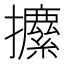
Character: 𰔼